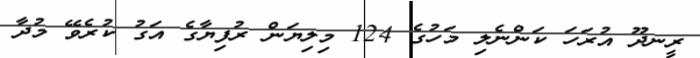
ރީނދޫ އުރަހަ ކަންނެލި މަހުގެ 124 މިލިޔަން ރުފިޔާގެ އަގު ކުރެވޭ މުދާ